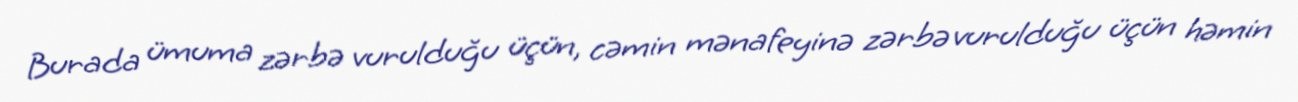
Burada ümuma zərbə vurulduğu üçün, cəmin mənafeyinə zərbə vurulduğu üçün həmin